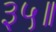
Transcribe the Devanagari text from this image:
३५॥